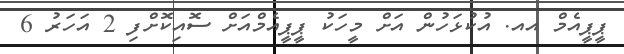
ޕީޕީއެމް އއ. އުކުޅަހުން އަށް މީހަކު ޕީޕީއެމްއަށް ސޮއިކޮށްފި 2 އަހަރު 6